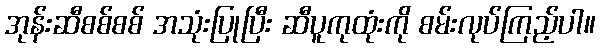
အုန်းဆီစစ်စစ် အသုံးပြုပြီး ဆီပူကုထုံးကို စမ်းလုပ်ကြည့်ပါ။